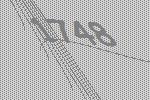
1748